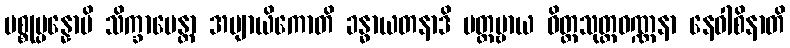
ပစ္စုပ္ပန္နောပိ သိက္ခာပေန္တာ အဗျာယိကောတိ ခန္ဓာယတနာဒိ ပတ္တဗ္ဗာယ ဝိတ္တသုတ္တဝဏ္ဏနာ နေဝါစိနာတိ